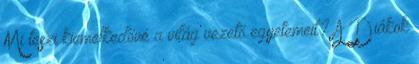
Mi teszi kiemelkedővé a világ vezető egyetemeit? A Diákok